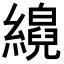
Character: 𦆘